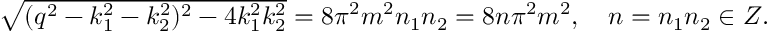
\begin{array} { r } { \sqrt { ( q ^ { 2 } - k _ { 1 } ^ { 2 } - k _ { 2 } ^ { 2 } ) ^ { 2 } - 4 k _ { 1 } ^ { 2 } k _ { 2 } ^ { 2 } } = 8 \pi ^ { 2 } m ^ { 2 } n _ { 1 } n _ { 2 } = 8 n \pi ^ { 2 } m ^ { 2 } , \quad n = n _ { 1 } n _ { 2 } \in Z . } \end{array}